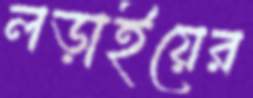
লড়াইয়ের